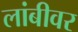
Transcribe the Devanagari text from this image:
लांबीवर